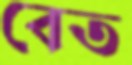
বেত